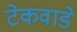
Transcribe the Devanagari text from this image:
टेकवाडे